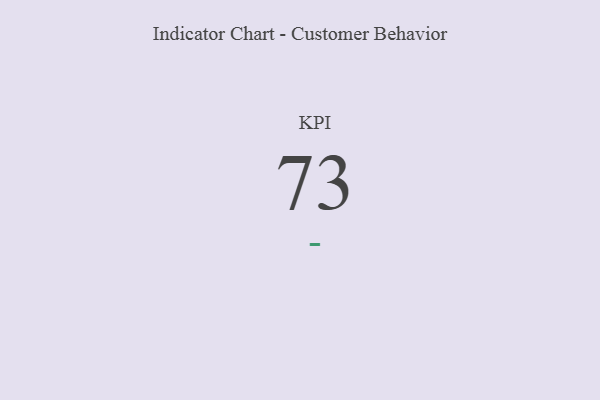
{"axis": {"x": "KPI", "y": "Value"}, "legend": [""], "data": [{"x": "KPI", "y": 73, "type": ""}]}